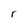
Character: r